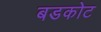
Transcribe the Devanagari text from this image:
बडकोट